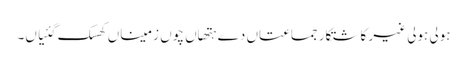
ہولی ہولی غیر کاشتکار جماعتاں دے ہتھاں چوں زمیناں کھسک گئیاں۔